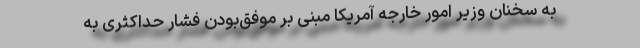
به سخنان وزیر امور خارجه آمریکا مبنی بر موفق‌بودن فشار حداکثری به